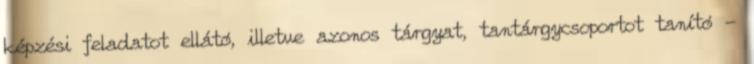
képzési feladatot ellátó, illetve azonos tárgyat, tantárgycsoportot tanító -